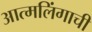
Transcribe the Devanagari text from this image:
आत्मलिंगाची